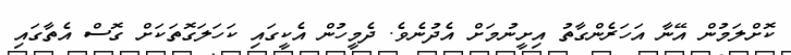
ކޮށްލަމުން އޭނާ އަހަރެންގާތު އިށީނުމަށް އެދުނެވެ. ދެމީހުން އެކީގައި ކަހަލަގޮތަކަށް ގޮސް އެތާގައި